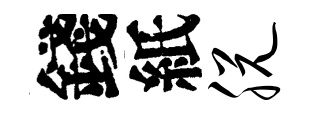
錢紙脱